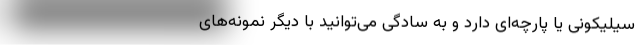
سیلیکونی یا پارچه‌ای دارد و به سادگی می‌توانید با دیگر نمونه‌های